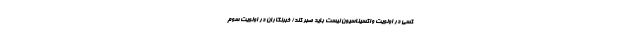
کسی در اولویت واکسیناسیون نیست باید صبر کند/ خبرنگاران در اولویت سوم